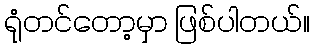
ရုံတင်တော့မှာ ဖြစ်ပါတယ်။